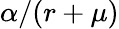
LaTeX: \alpha/(r+\mu)